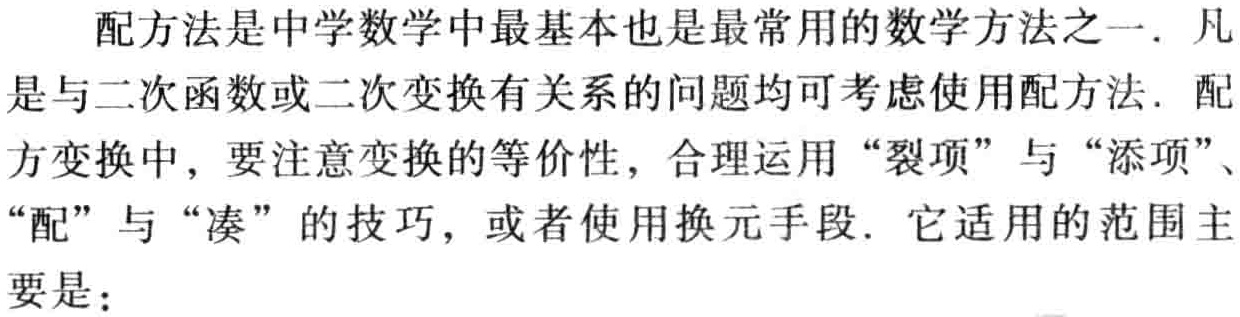
配方法是中学数学中最基本也是最常用的数学方法之一. 凡是与二次函数或二次变换有关系的问题均可考虑使用配方法. 配方变换中，要注意变换的等价性，合理运用“裂项”与“添项”、“配”与“凑”的技巧，或者使用换元手段. 它适用的范围主要是：